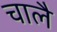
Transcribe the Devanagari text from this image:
चालै